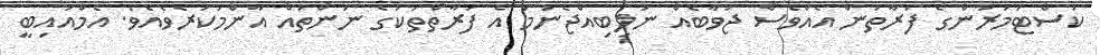
ކަސްޓަމަރުންގެ ފަރާތުން އެއްވެސް ޖަވާބެއް ނުލިބިއްޖެނަމަ އެ ފަރާތްތަކުގެ ނަންތައް އާންމުކުރެވެއެވެ. އެމްއައިބީ